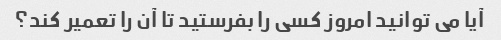
آیا می توانید امروز کسی را بفرستید تا آن را تعمیر کند؟